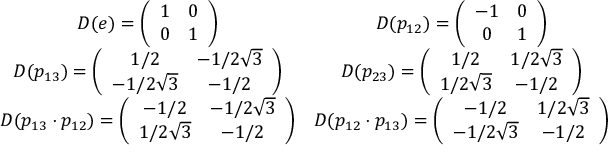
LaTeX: \begin{array} { c c } { { \def \arraystretch { 1 } D ( e ) = \left( \begin{array} { c c } { { 1 } } & { { 0 } } \\ { { 0 } } & { { 1 } } \end{array} \right) } } & { { D ( p _ { 1 2 } ) = \left( \begin{array} { c c } { { - 1 } } & { { 0 } } \\ { { 0 } } & { { 1 } } \end{array} \right) } } \\ { { D ( p _ { 1 3 } ) = \left( \begin{array} { c c } { { 1 / 2 } } & { { - 1 / 2 \sqrt { 3 } } } \\ { { - 1 / 2 \sqrt { 3 } } } & { { - 1 / 2 } } \end{array} \right) } } & { { D ( p _ { 2 3 } ) = \left( \begin{array} { c c } { { 1 / 2 } } & { { 1 / 2 \sqrt { 3 } } } \\ { { 1 / 2 \sqrt { 3 } } } & { { - 1 / 2 } } \end{array} \right) } } \\ { { D ( p _ { 1 3 } \cdot p _ { 1 2 } ) = \left( \begin{array} { c c } { { - 1 / 2 } } & { { - 1 / 2 \sqrt { 3 } } } \\ { { 1 / 2 \sqrt { 3 } } } & { { - 1 / 2 } } \end{array} \right) } } & { { D ( p _ { 1 2 } \cdot p _ { 1 3 } ) = \left( \begin{array} { c c } { { - 1 / 2 } } & { { 1 / 2 \sqrt { 3 } } } \\ { { - 1 / 2 \sqrt { 3 } } } & { { - 1 / 2 } } \end{array} \right) } } \end{array}